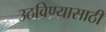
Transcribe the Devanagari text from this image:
उठविण्यासाठी